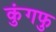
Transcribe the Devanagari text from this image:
कुंगफु